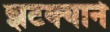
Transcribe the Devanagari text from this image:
झटक्‍याने